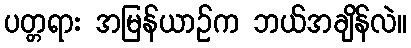
ပတ္တရား အမြန်ယာဉ်က ဘယ်အချိန်လဲ။